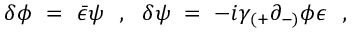
\delta \phi ~ = ~ { \bar { \epsilon } } \psi ~ ~ , ~ ~ \delta \psi ~ = ~ - i \gamma _ { ( + } \partial _ { - ) } \phi \epsilon ~ ~ ,